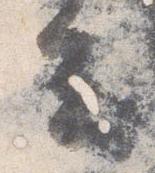
去